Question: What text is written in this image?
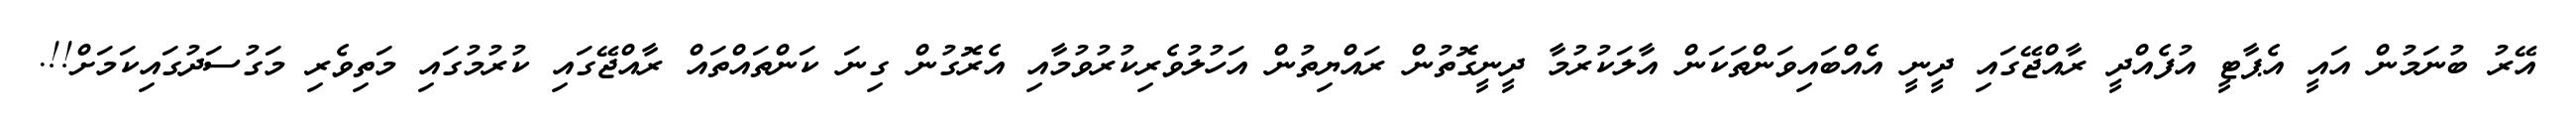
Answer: އޭރު ބުނަމުން އައީ އެޕާޓީ އުފެއްދީ ރާއްޖޭގައި ދީނީ އެއްބައިވަންތަކަން އާލަކުރުމާ ދީނީގޮތުން ރައްޔިތުން އަހުލުވެރިކުރުވުމާއި އެރޮގުން ގިނަ ކަންތައްތައް ރާއްޖޭގައި ކުރުމުގައި މަތިވެރި މަގުސަދުގައިކަމަށް!!.